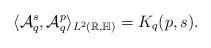
LaTeX: \begin{align*}\langle \mathcal{A}_q^s, \mathcal{A}_q^p \rangle_{L^2(\mathbb{R,\mathbb{H}})}=K_q(p,s).\end{align*}